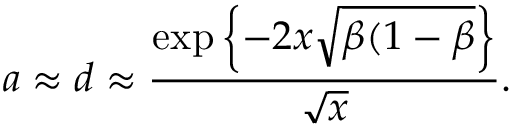
a \approx d \approx \frac { \exp \left\{ - 2 x \sqrt { \beta ( 1 - \beta } \right\} } { \sqrt { x } } .